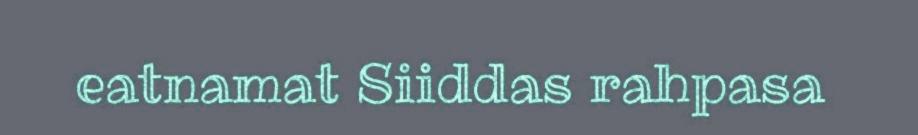
eatnamat Siiddas rahpasa